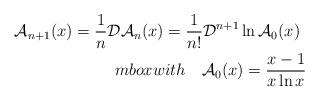
LaTeX: \begin{align*}{\cal A}_{n+1}(x) = \frac{1}{n}{\cal D} {\cal A}_n(x) =\frac{1}{n!} {\cal D}^{n+1}\ln {\cal A}_0(x) \; \; \\mbox{with} \ \ \ {\cal A}_0(x) = \frac{x-1}{x \ln x} \,\end{align*}